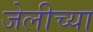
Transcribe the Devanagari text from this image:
जेलीच्या